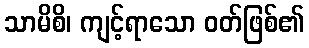
သာမိစိ၊ ကျင့်ရာသော ဝတ်ဖြစ်၏